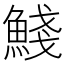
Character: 䱠